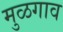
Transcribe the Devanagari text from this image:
मुळगाव